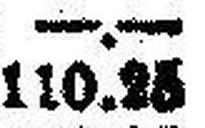
110.25